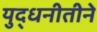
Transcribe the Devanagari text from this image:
युद्धनीतीने